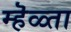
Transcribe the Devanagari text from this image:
म्हॆळ्ता